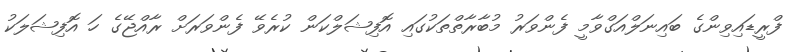
ފްރީޑައިވިންގެ ބައިނަލްއަގްވާމީ ފެންވަރު މުބާރާތްތަކުގައި އޮފިޝަލްކަން ކުރެވޭ ފެންވަރަށް ރާއްޖޭގެ ހަ އޮފިޝަލަކު